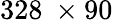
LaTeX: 328\ \times 90\